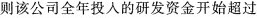
则该公司全年投入的研发资金开始超过